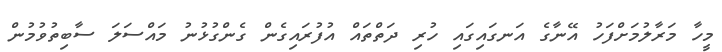
މީހާ މަރާލުމަށްފަހު އޭނާގެ އަނގައިގައި ހުރި ދަތްތައް އުފުރައިގެން ގެންގުޅުނު މައްސަލަ ސާބިތުވުމުން